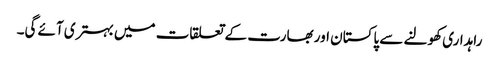
راہداری کھولنے سے پاکستان اور بھارت کے تعلقات میں بہتری آئے گی۔